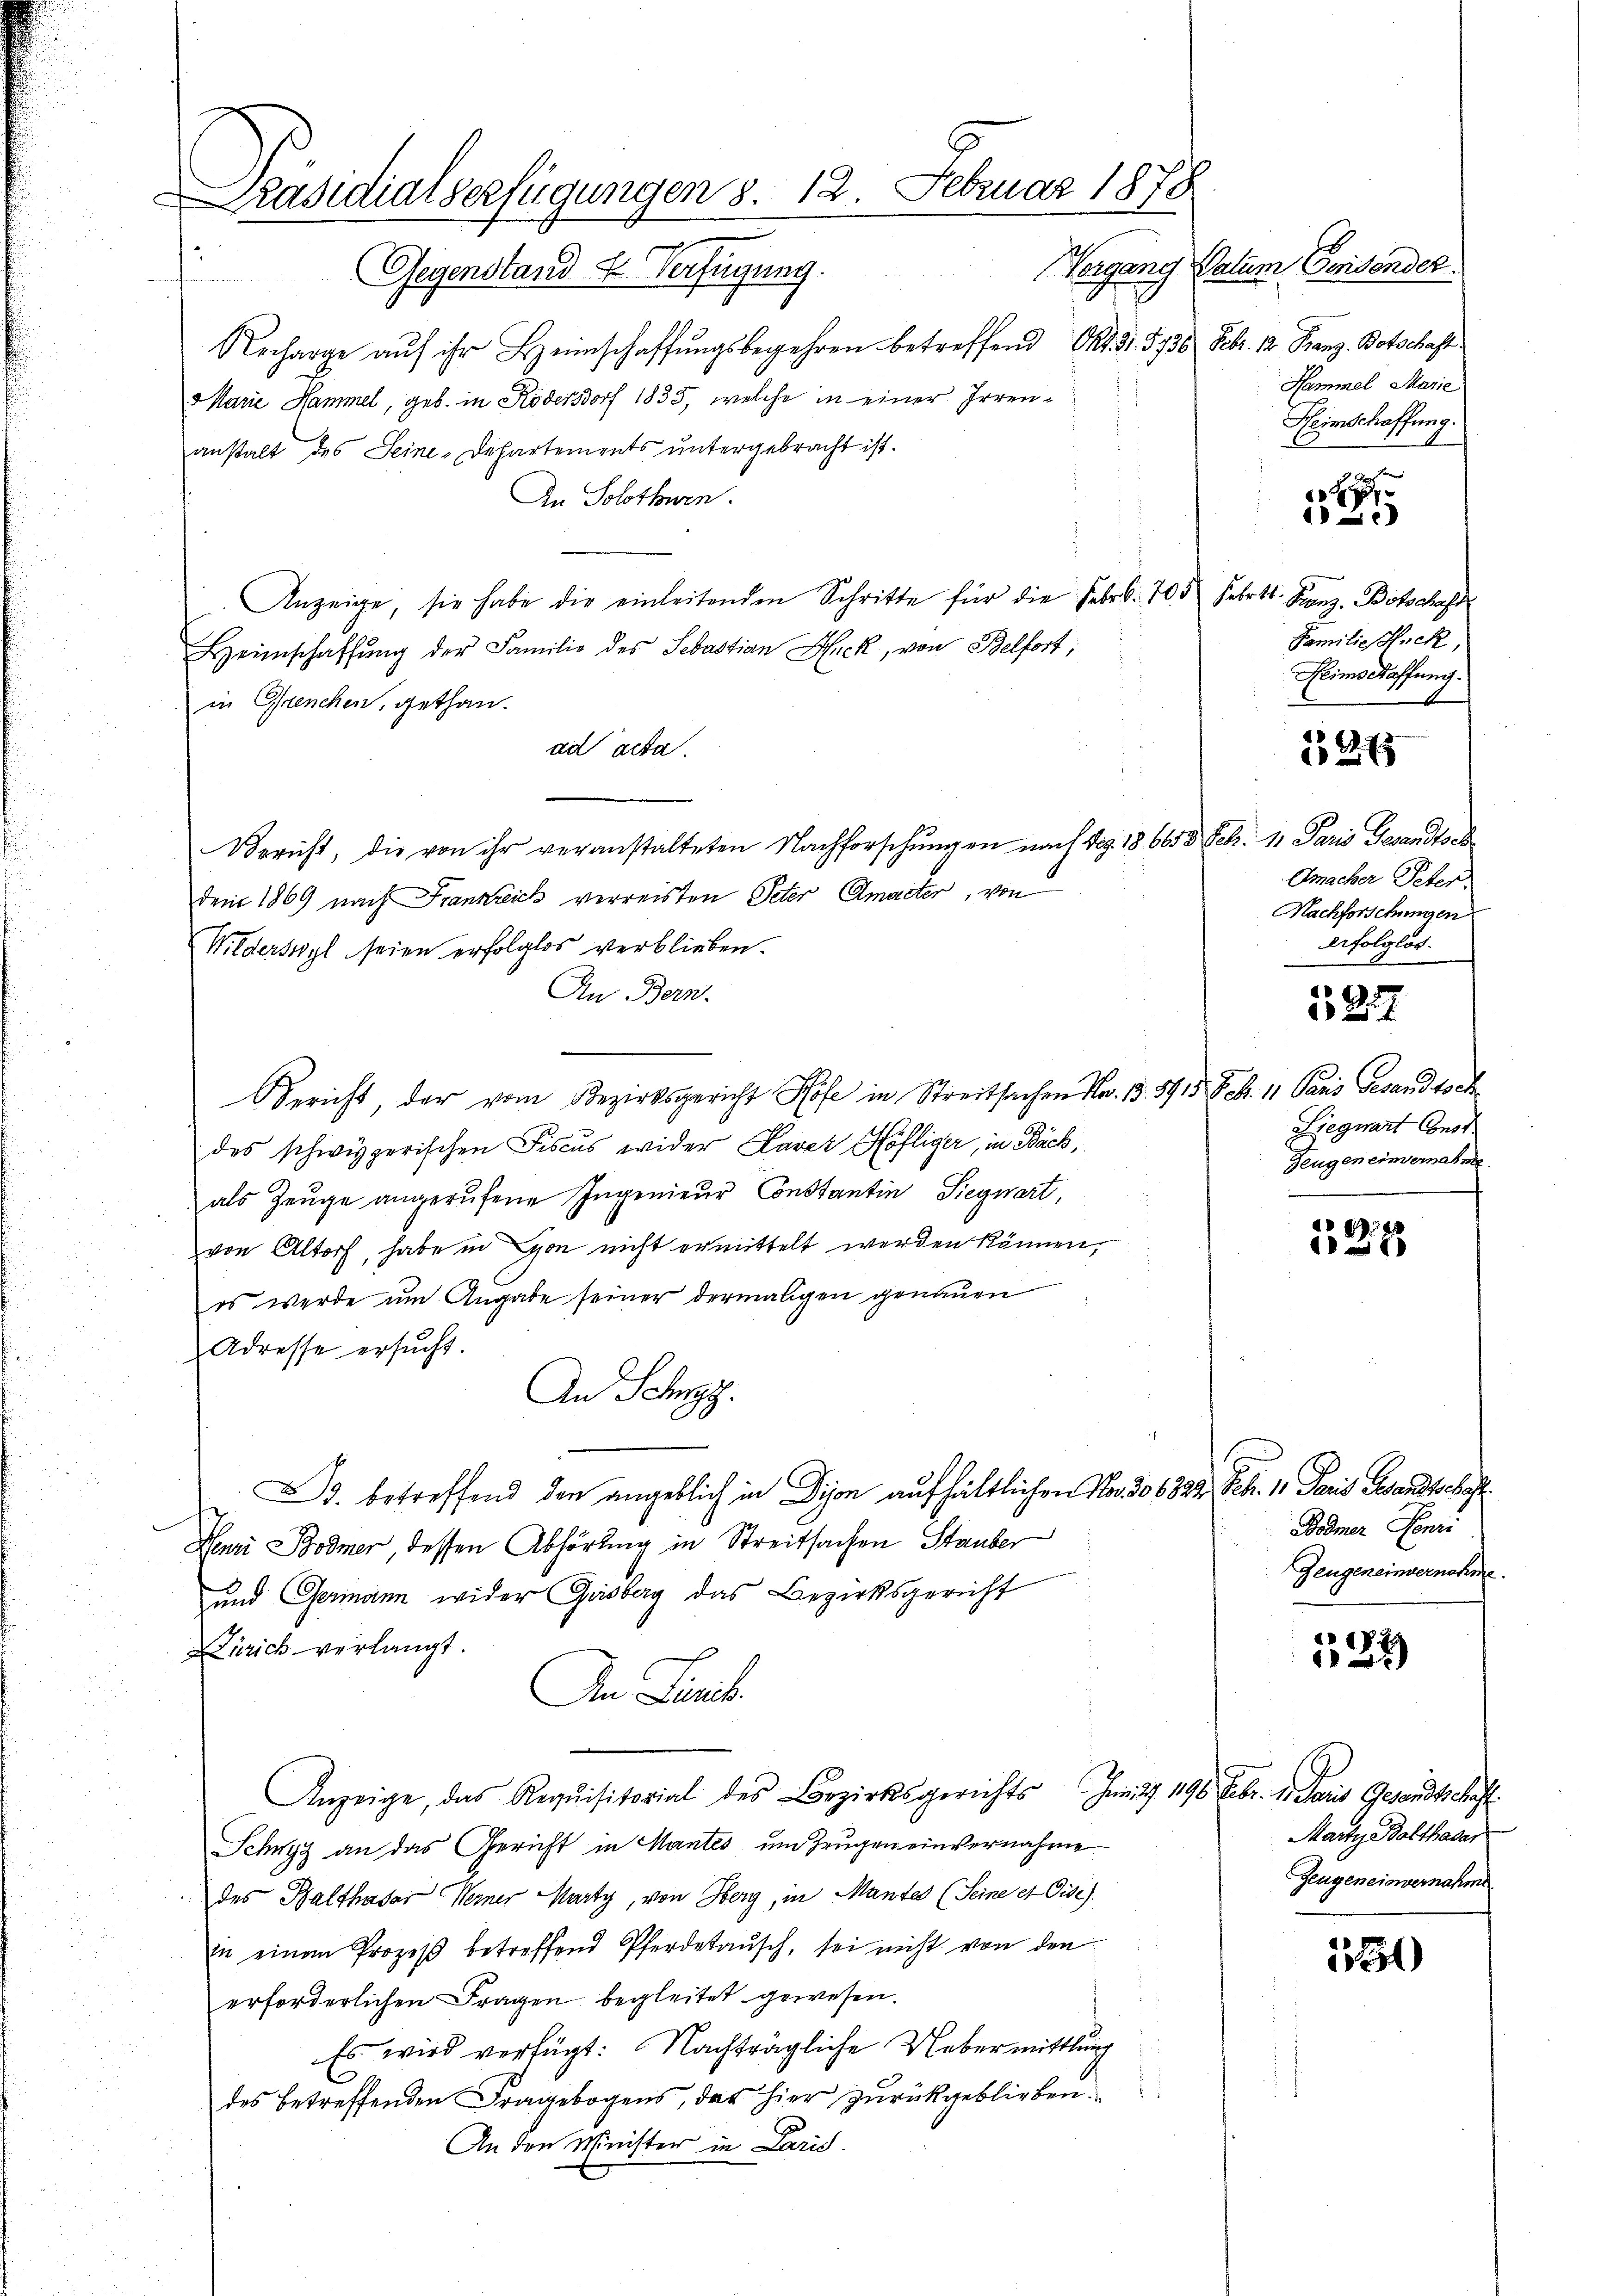
Präsidialverfügungen 8. 12. Februar 1878
Vergang Datum Besonder
e
Gegenstand u Verfügung.

Recharge aŭf ihr Heimschaffungsbegehren betreffend Art. 31. 5730 Febr. 1. Franz Botschaft
Marie Hammel, geb. in Rödersdorf 1835, welche in einer Irrenanstalt des Seine-Departements untergebracht ist.
An Solothurn.
Anzeige, sie habe die einleitenden Schritte für die Febr. 705 Febrtt. Kanz. Botschaft
Heimschaffŭng der Familie des Sebastian Hack, von Belfort,
in Grenchen, gethan.
da acta.
Bericht, die von ihr veranstalteten Nachforschŭngen nach Pag. 18. 6653 Febr. 11. Paris Gesandtsch
dem 1869 nach Frankreich verreisten Peter Amacter, von
Wilderswyl seien erfolglos verblieben.
An Bern.
Bericht der vom Bezirksgericht Höfe in Streitsachen Nr. 13. 5915. Feb. 11 Paris Gesandtsch
des schwyzerischen Fiscus wider Laver Höfliger, in Bäch,
als Zeuge angerufene Ingenieur Constantin Siegwart,
von Altorf, habe in von nicht ermittelt werden können,
es werde um Angabe seiner dermaligen genauen
Adresse ersucht.
An Schwyz.
B. betreffend den angeblich in Dion aufhältlichen No. 306 832. Febr. 1 Paris Standtschaft
Henri Bodmer, dessen Abhörling in Streitsachen Stauber
und Germann wider Gasberg das Bezirksgericht
Zürich verlangt.
Im Land
Anzeige, das Requisitorial des Bezirksgerichts Juni 190 Febr. 1. Paris Gesandtschaft
Schwyz an das Gericht in Mantes um Zeugen einvernahme
des Balthasar Werner Marty, von Oberg, in Mantes (Seine et Dise).
in einen Prozeβ betreffend Pferdetaŭsch, sei nicht von den
erforderlichen Fragen begleitet gewesen.
Es wird verfügt: Nachträgliche Uebermittlung
des betreffenden Fragebogens, der hier zurückgeblieben.
An den Minister in Paris.

Hammel Marie
Heimschaffung.

.
1

Familie Huck,
Heimschaffung.

1275

Omacher Peter
Nachforschungen
erfolglos.

4
257.

Siegwart Const
Zeugen einvernahme

23
1

Bodmer Penii
Zeugeneinvernohme

132

Marty Balthasar
Zeugeneiowernahme

131